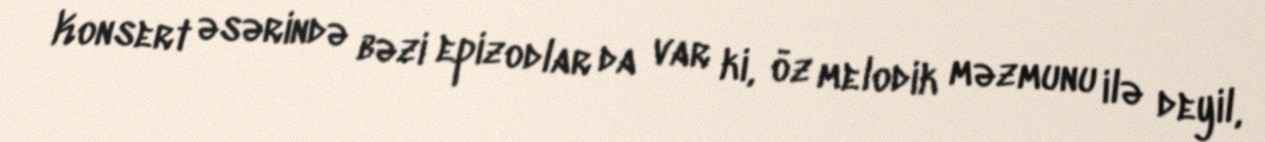
Konsert əsərində bəzi epizodlar da var ki, öz melodik məzmunu ilə deyil,